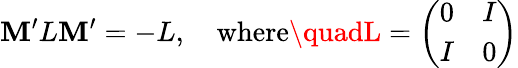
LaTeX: \mathbf{M}^{\prime}L\mathbf{M}^{\prime}=-L,\quad\mathrm{{where}}\quadL=\left(\begin{array}{cc}{{0}}&{{I}}\\ {{I}}&{{0}}\end{array}\right)